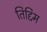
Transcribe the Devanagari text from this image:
तिद्दिम